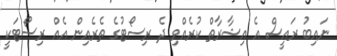
ނައިބު ރައީސް އެ އިޝާރާތް ކުރެއްވި ދެ ރިސޯޓުގެ ތެރެއިން އެއް ރިސޯޓަކީ